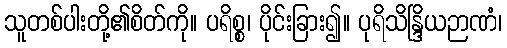
သူတစ်ပါးတို့၏စိတ်ကို။ ပရိစ္စ၊ ပိုင်းခြား၍။ ပုရိသိန္ဒြိယဉာဏံ၊